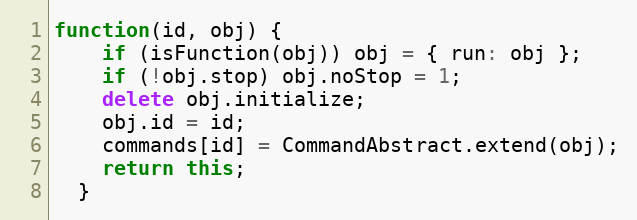
Language: JavaScript
function(id, obj) {
    if (isFunction(obj)) obj = { run: obj };
    if (!obj.stop) obj.noStop = 1;
    delete obj.initialize;
    obj.id = id;
    commands[id] = CommandAbstract.extend(obj);
    return this;
  }